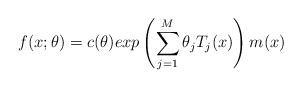
LaTeX: \begin{align*} f(x;\theta)=c(\theta)exp\left(\sum_{j=1}^M\theta_jT_j(x)\right)m(x)\end{align*}